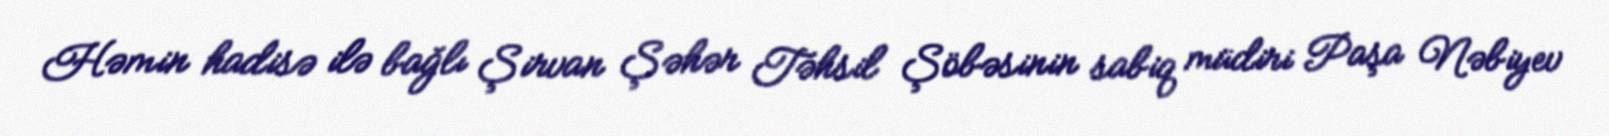
Həmin hadisə ilə bağlı Şirvan Şəhər Təhsil Şöbəsinin sabiq müdiri Paşa Nəbiyev